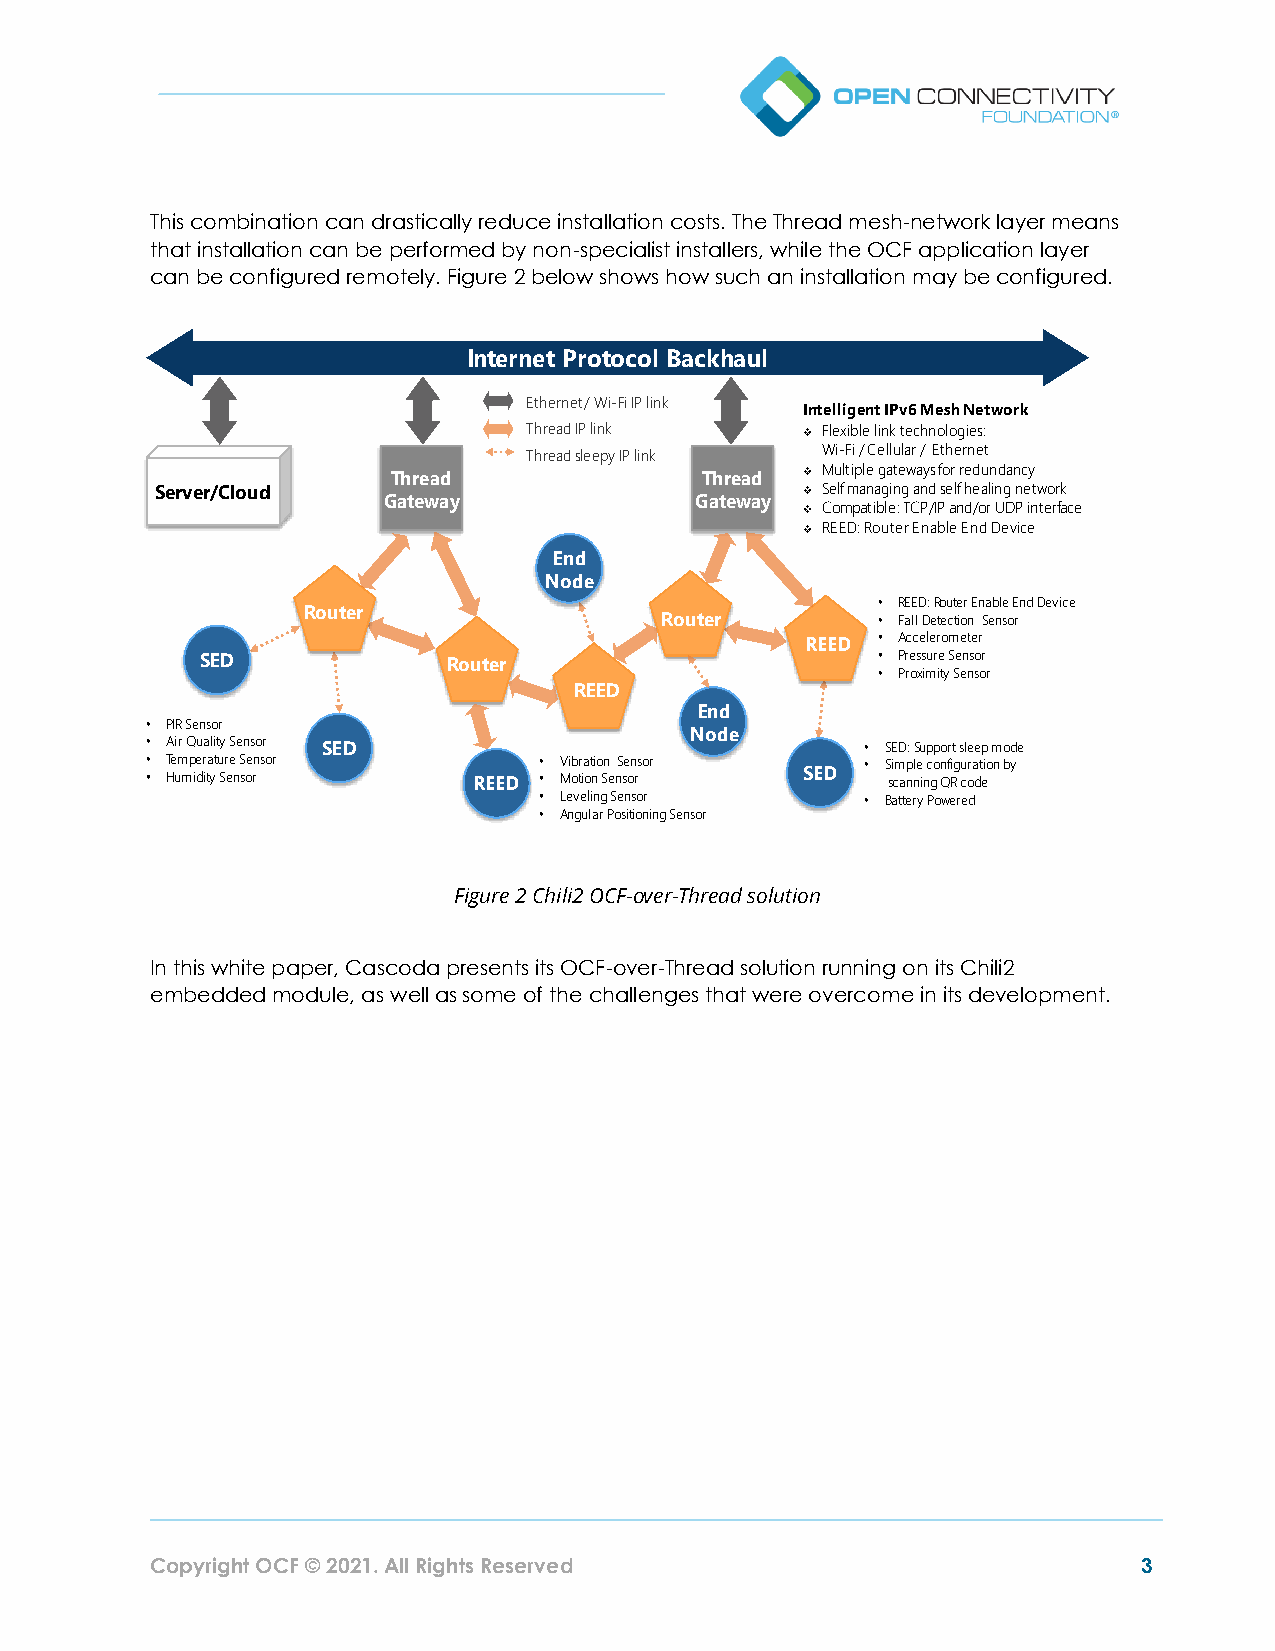
This combination can drastically reduce installation costs. The Thread mesh-network layer means
 that installation can be performed by non-specialist installers, while the OCF application layer
 can be configured remotely. Figure 2 below shows how such an installation may be configured.
 Figure 2 Chili2 OCF-over-Thread solution
 In this white paper, Cascoda presents its OCF-over-Thread solution running on its Chili2
 embedded module, as well as some of the challenges that were overcome in its development.
 Copyright OCF © 2021. All Rights Reserved                         3